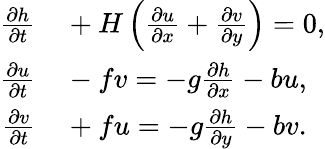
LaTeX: \begin{array}{rl}{{\frac{\partial h}{\partial t}}}&{{}+H\left({\frac{\partial u}{\partial x}}+{\frac{\partial v}{\partial y}}\right)=0,}\\ {{\frac{\partial u}{\partial t}}}&{{}-fv=-g{\frac{\partial h}{\partial x}}-bu,}\\ {{\frac{\partial v}{\partial t}}}&{{}+fu=-g{\frac{\partial h}{\partial y}}-bv.}\end{array}